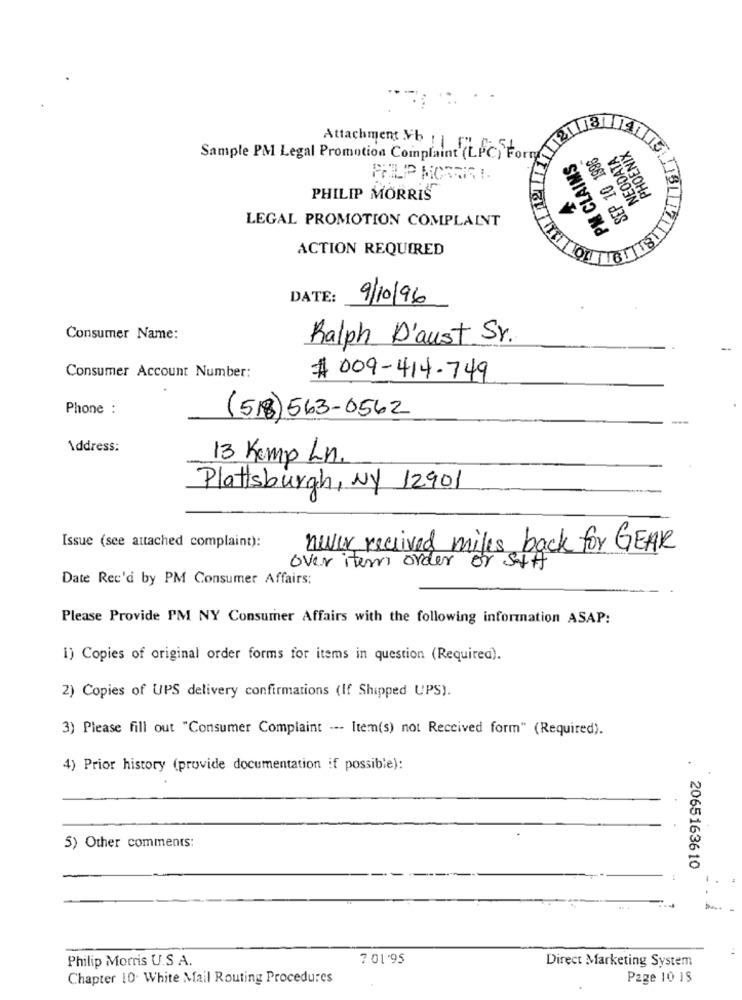
..
PHOENIX
Attachment &b 1 57
SEP 10 1996
NEODATA
Sample PM Legal Promotion Complaint (LPC) Forry
PM CLAIMS
PHILIP MORRISI.
PHILIP MORRIS
LEGAL PROMOTION COMPLAINT
ACTION REQUIRED
DATE:
9/10/96
Consumer Name:
Ralph D'aust Sr.
Consumer Account Number:
# 009-414-749
Phone :
(518)563-0562
---
Address:
13 Kemp Ln.
Plattsburgh, NY 12901
Issue (see attached complaint):
never received miles back for GEAR
over item order or stff
Date Rec'd by PM Consumer Affairs:
Please Provide PM NY Consumer Affairs with the following information ASAP:
1) Copies of original order forms for items in question (Required).
2) Copies of UPS delivery confirmations (If Shipped UPS).
3) Please fill out "Consumer Complaint --- Item(s) not Received form" (Required).
4) Prior history (provide documentation if possible):
5) Other comments:
. 2065163610
Philip Morris U.S A.
7.01.95
Direct Marketing System
Chapter 10. White Mail Routing Procedures
Page 10 18